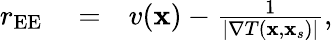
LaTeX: \begin{array}{rlr}{r_{\mathrm{EE}}}&{{}=}&{v(\mathbf{x})-\frac{1}{|\nabla T(\mathbf{x},\mathbf{x}_{s})|},}\end{array}